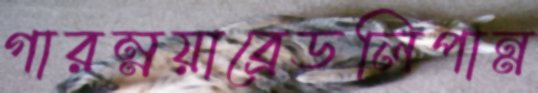
গারম্নয়াব্রেডলিপান্ন